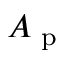
A _ { \textup { p } }